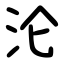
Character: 沦